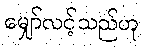
မျှော်လင့်သည်ဟု